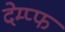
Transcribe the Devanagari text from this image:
देम्प्फ